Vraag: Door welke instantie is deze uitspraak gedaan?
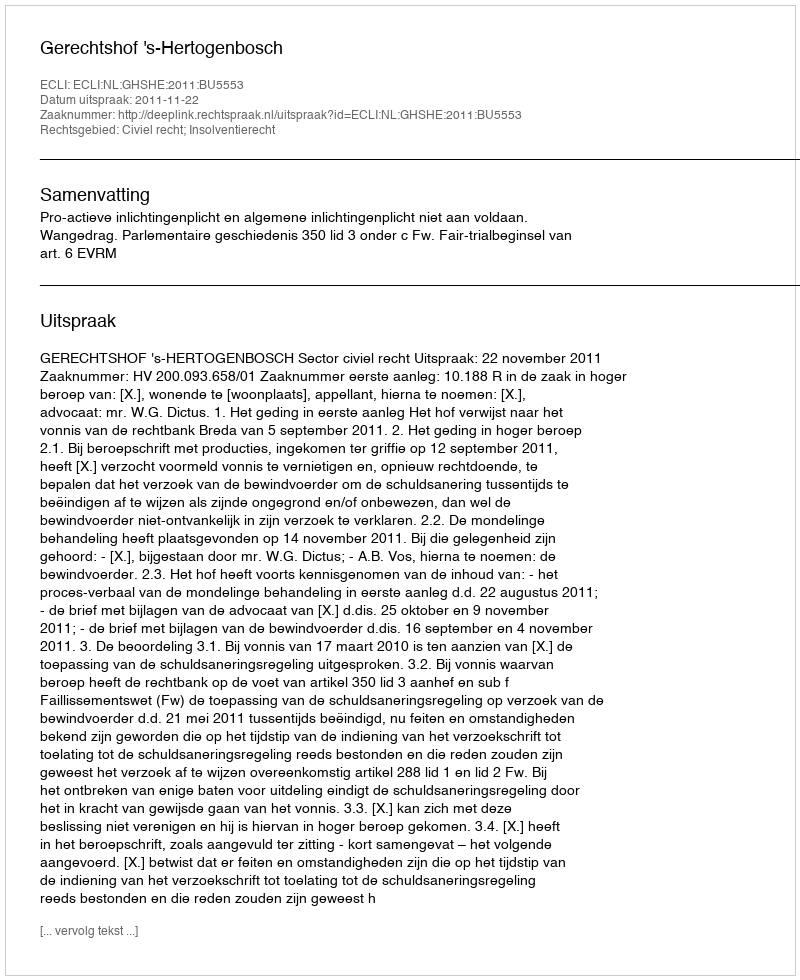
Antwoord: Gerechtshof 's-Hertogenbosch